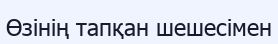
Өзінің тапқан шешесімен